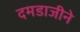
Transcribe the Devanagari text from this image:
दमडाजीने